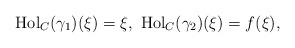
\begin{align*}{\rm Hol}_C(\gamma_1)(\xi)=\xi,\ {\rm Hol}_C(\gamma_2)(\xi)=f(\xi), \end{align*}